Indian journal of veterinary science and animal husbandry - Volumes 24-25, 1954-1955
Year: 1954
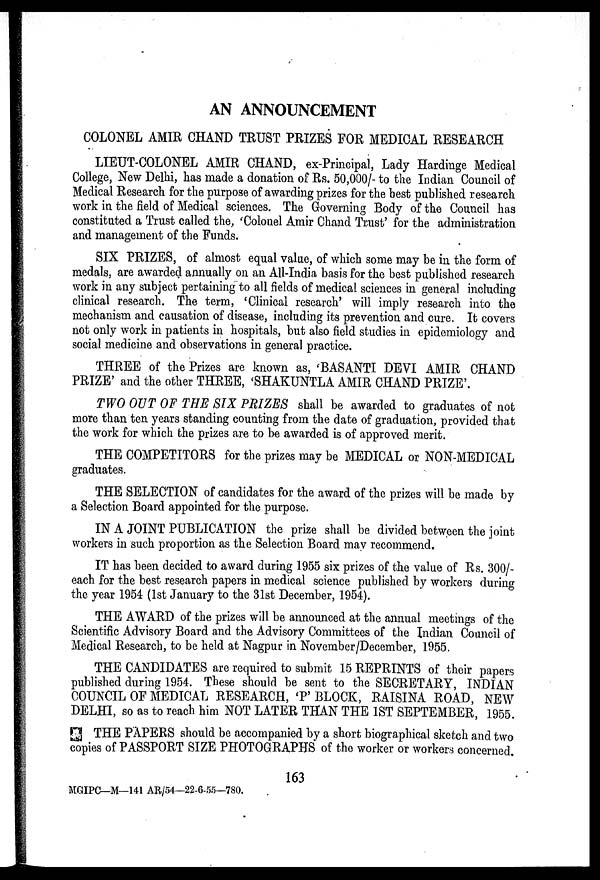
AN ANNOUNCEMENT
COLONEL AMIR CHAND TRUST PRIZES FOR MEDICAL RESEARCH
LIEUT-COLONEL AMIR CHAND, ex-Principal, Lady Hardinge Medical
College, New Delhi, has made a donation of Rs. 50,000/- to the Indian Council of
Medical Research for the purpose of awarding prizes for the best published research
work in the field of Medical sciences. The Governing Body of the Council has
constituted a Trust called the, 'Colonel Amir Chand Trust' for the administration
and management of the Funds.
SIX PRIZES, of almost equal value, of which some may be in the form of
medals, are awarded annually on an All-India basis for the best published research
work in any subject pertaining to all fields of medical sciences in general including
clinical research. The term, 'Clinical research' will imply research into the
mechanism and causation of disease, including its prevention and cure. It covers
not only work in patients in hospitals, but also field studies in epidemiology and
social medicine and observations in general practice.
THREE of the Prizes are known as, 'BASANTI DEVI AMIR CHAND
PRIZE' and the other THREE, 'SHAKUNTLA AMIR CHAND PRIZE'.
TWO OUT OF THE SIX PRIZES shall be awarded to graduates of not
more than ten years standing counting from the date of graduation, provided that
the work for which the prizes are to be awarded is of approved merit.
THE COMPETITORS for the prizes may be MEDICAL or NON-MEDICAL
graduates.
THE SELECTION of candidates for the award of the prizes will be made by
a Selection Board appointed for the purpose.
IN A JOINT PUBLICATION the prize shall be divided between the joint
workers in such proportion as the Selection Board may recommend.
IT has been decided to award during 1955 six prizes of the value of Rs. 300/-
each for the best research papers in medical science published by workers during
the year 1954 (1st January to the 31st December, 1954).
THE AWARD of the prizes will be announced at the annual meetings of the
Scientific Advisory Board and the Advisory Committees of the Indian Council of
Medical Research, to be held at Nagpur in November/December, 1955.
THE CANDIDATES are required to submit 15 REPRINTS of their papers
published during 1954. These should be sent to the SECRETARY, INDIAN
COUNCIL OF MEDICAL RESEARCH, 'P' BLOCK, RAISINA ROAD, NEW
DELHI, so as to reach him NOT LATER THAN THE 1ST SEPTEMBER, 1955.
THE PAPERS should be accompanied by a short biographical sketch and two
copies of PASSPORT SIZE PHOTOGRAPHS of the worker or workers concerned.
163
MGIPC—M—141 AR/54—22-6-55—780.